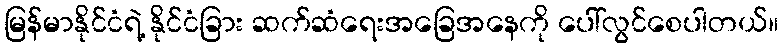
မြန်မာနိုင်ငံရဲ့ နိုင်ငံခြား ဆက်ဆံရေးအခြေအနေကို ပေါ်လွင်စေပါတယ်။